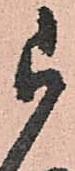
被